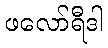
ဖလော်ရီဒါ